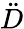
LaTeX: \ddot{D}